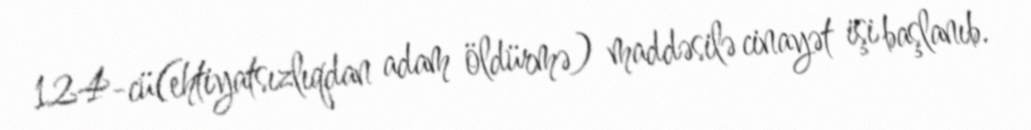
124-cü(ehtiyatsızlıqdan adam öldürmə) maddəsilə cinayət işi başlanıb.